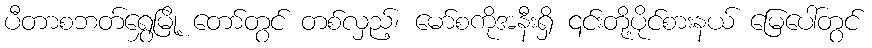
ပီတာစဘတ်ရွှေမြို့ တော်တွင် တစ်လှည့်၊ မော်စကိုအနီးရှိ ၎င်းတို့ပိုင်စားနယ် မြေပေါ်တွင်